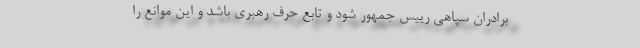
برادران سپاهی رییس جمهور شود و تابع حرف رهبری باشد و این موانع را